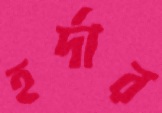
হর্দার